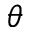
\theta